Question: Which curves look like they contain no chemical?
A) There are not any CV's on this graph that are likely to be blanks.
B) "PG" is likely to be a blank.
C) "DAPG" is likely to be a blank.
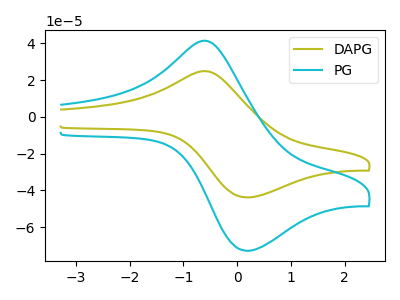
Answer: <think>The olive curve "DAPG" has an anodic peak at (-0.55V, 24.70uA) and a cathodic peak at (0.15V, -43.75uA). The cyan curve "PG" has an anodic peak at (-0.55V, 41.10uA) and a cathodic peak at (0.15V, -72.75uA).</think>
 <answer>A) There are not any CV's on this graph that are likely to be blanks.</answer>
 <eval>A</eval>